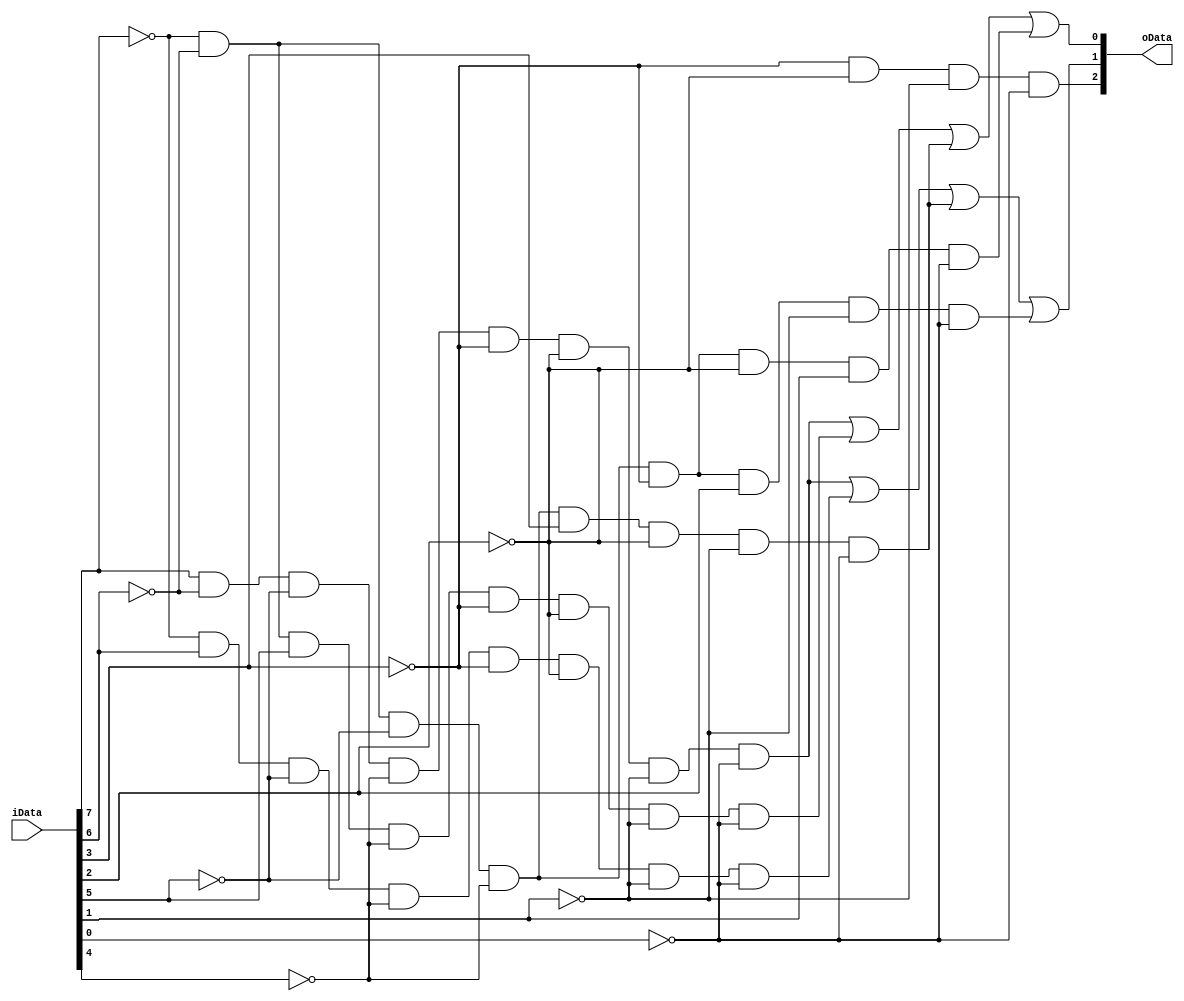
`timescale 1ns / 1ps
//////////////////////////////////////////////////////////////////////////////////
// Company: 
// Engineer: 
// 
// Design Name: 
// Module Name: encoder83
// Project Name: 
// Target Devices: 
// Tool Versions: 
// Description: 
// 
// Dependencies: 
// 
// Revision:
// Revision 0.01 - File Created
// Additional Comments:
// 
//////////////////////////////////////////////////////////////////////////////////


module encoder83(
    input [7:0] iData,
    output [2:0] oData
    );
    assign oData[2]=~iData[3]&~iData[2]&~iData[1]&~iData[0];
    assign oData[1]=iData[7]&~iData[6]&~iData[5]&~iData[4]&~iData[3]&~iData[2]&~iData[1]&~iData[0]|
                    ~iData[7]&iData[6]&~iData[5]&~iData[4]&~iData[3]&~iData[2]&~iData[1]&~iData[0]|
                    ~iData[7]&~iData[6]&~iData[5]&~iData[4]&iData[3]&~iData[2]&~iData[1]&~iData[0]|
                    ~iData[7]&~iData[6]&~iData[5]&~iData[4]&~iData[3]&iData[2]&~iData[1]&~iData[0];
    assign oData[0]=iData[7]&~iData[6]&~iData[5]&~iData[4]&~iData[3]&~iData[2]&~iData[1]&~iData[0]|
                    ~iData[7]&~iData[6]&iData[5]&~iData[4]&~iData[3]&~iData[2]&~iData[1]&~iData[0]|
                    ~iData[7]&~iData[6]&~iData[5]&~iData[4]&iData[3]&~iData[2]&~iData[1]&~iData[0]|
                    ~iData[7]&~iData[6]&~iData[5]&~iData[4]&~iData[3]&~iData[2]&iData[1]&~iData[0];
endmodule